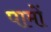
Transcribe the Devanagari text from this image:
पामों